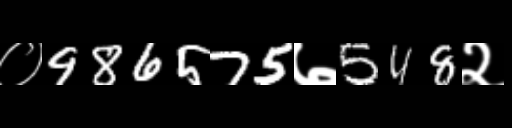
Text: ०986575७548२